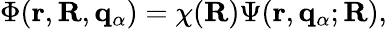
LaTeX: \Phi(\mathbf{r},\mathbf{R},{\mathbf q}_{\alpha})=\chi(\mathbf{R})\Psi(\mathbf{r},{\mathbf q}_{\alpha};\mathbf{R}),